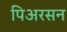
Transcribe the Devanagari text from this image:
पिअरसन